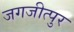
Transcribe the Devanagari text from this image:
जगजीत्पुर